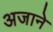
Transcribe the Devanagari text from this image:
अजाने